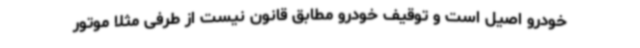
خودرو اصیل است و توقیف خودرو مطابق قانون نیست از طرفی مثلاً موتور